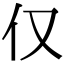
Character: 仅